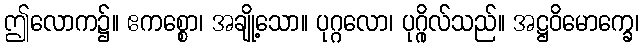
ဤလောက၌။ ဧကစ္စော၊ အချို့သော။ ပုဂ္ဂလော၊ ပုဂ္ဂိုလ်သည်။ အဋ္ဌဝိမောက္ခေ၊